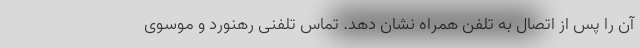
آن را پس از اتصال به تلفن همراه نشان دهد. تماس تلفنی رهنورد و موسوی